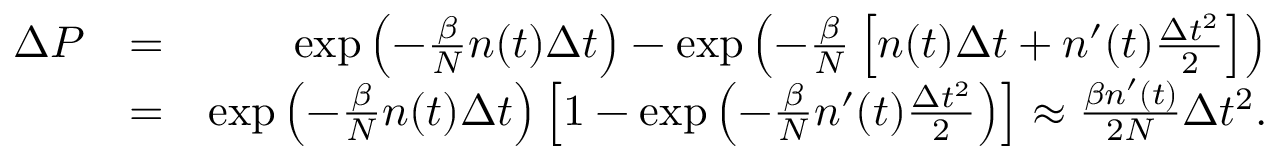
\begin{array} { r l r } { \Delta P } & { = } & { \exp { \left( - \frac { \beta } { N } n ( t ) \Delta t \right) } - \exp { \left( - \frac { \beta } { N } \left[ n ( t ) \Delta t + n ^ { \prime } ( t ) \frac { \Delta t ^ { 2 } } { 2 } \right] \right) } } \\ & { = } & { \exp { \left( - \frac { \beta } { N } n ( t ) \Delta t \right) } \left[ 1 - \exp { \left( - \frac { \beta } { N } n ^ { \prime } ( t ) \frac { \Delta t ^ { 2 } } { 2 } \right) } \right] \approx \frac { \beta n ^ { \prime } ( t ) } { 2 N } \Delta t ^ { 2 } . } \end{array}